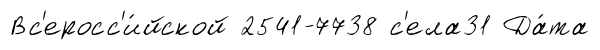
Вс'еросс'и́йской 2541-7738 с'ела31 Да́та